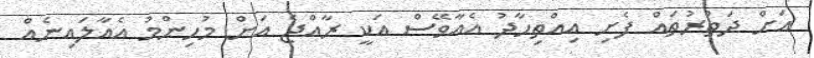
އަށް ދަތުރުތައް ފެށި އިއްތިހާދު އެއާވޭސް އަކީ ރާއްޖެ އަށް މުހިންމު އެއާލައިނެއް